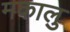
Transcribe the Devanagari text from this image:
मकालु